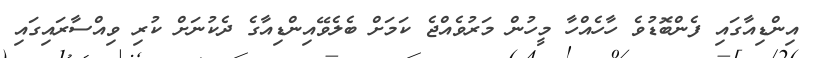
އިންޑިއާގައި ފެންބޮޑުވެ ހާހެއްހާ މީހުން މަރުވެއްޖެ ކަމަށް ބެލެވޭއިންޑިއާގެ ދެކުނަށް ކުރި ވިއްސާރައިގައި